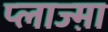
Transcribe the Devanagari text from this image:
प्लाज्म़ा